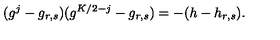
( g ^ { j } - g _ { r , s } ) ( g ^ { K / 2 - j } - g _ { r , s } ) = - ( h - h _ { r , s } ) { } .